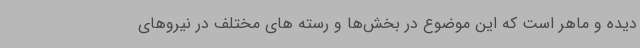
دیده و ماهر است که این موضوع در بخش‌ها و رسته های مختلف در نیروهای